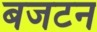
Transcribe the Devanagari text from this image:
बजटन